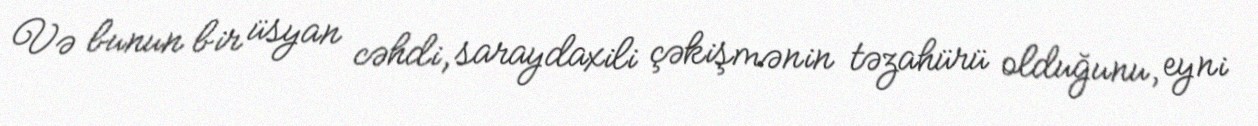
Və bunun bir üsyan cəhdi, saraydaxili çəkişmənin təzahürü olduğunu, eyni